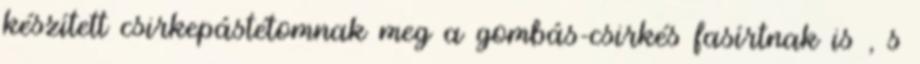
készített csirkepástétomnak meg a gombás-csirkés fasírtnak is , s